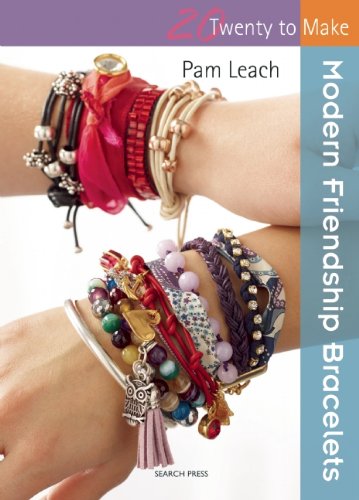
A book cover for Modern Friendship Bracelets (Twenty to Make); Pam Leach; Crafts, Hobbies & Home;